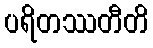
ပရိတဿတီတိ